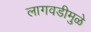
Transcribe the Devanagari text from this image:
लागवडीमुळे